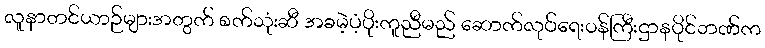
လူနာတင်ယာဉ်များအတွက် စက်သုံးဆီ အခမဲ့ပံ့ပိုးကူညီမည် ဆောက်လုပ်ရေးဝန်ကြီးဌာနပိုင်ဘဏ်က